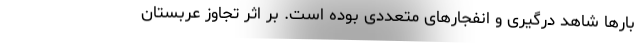
بارها شاهد درگیری و انفجارهای متعددی بوده است. بر اثر تجاوز عربستان